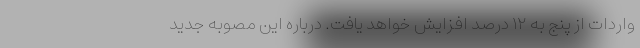
واردات از پنج به ۱۲ درصد افزایش خواهد یافت. درباره این مصوبه جدید